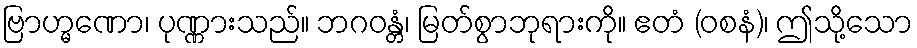
ဗြာဟ္မဏော၊ ပုဏ္ဏားသည်။ ဘဂဝန္တံ၊ မြတ်စွာဘုရားကို။ ဧတံ (ဝစနံ)၊ ဤသို့သော